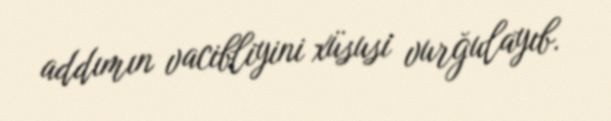
addımın vacibliyini xüsusi vurğulayıb.